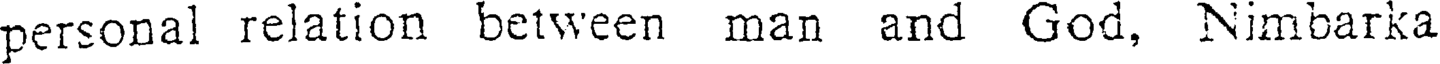
personal relation between man and God, Nimbarka